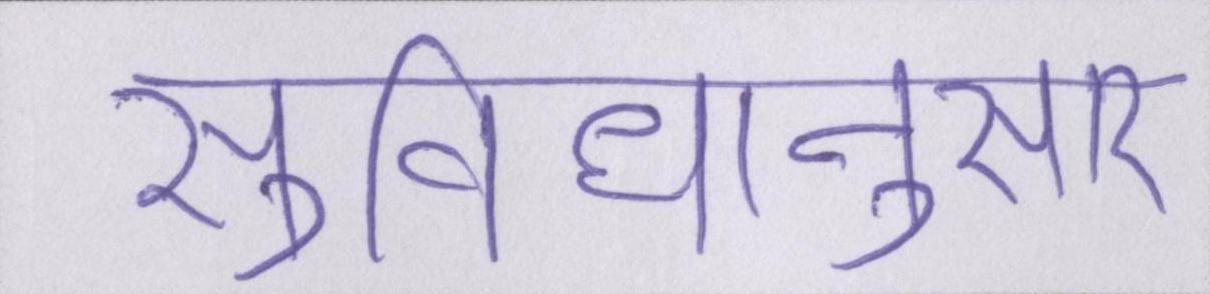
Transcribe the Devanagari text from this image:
सुविधानुसार